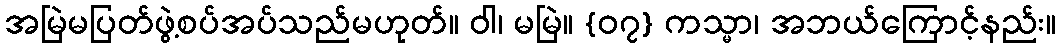
အမြဲမပြတ်ဖွဲ့စပ်အပ်သည်မဟုတ်။ ဝါ၊ မမြဲ။ {၀၇} ကသ္မာ၊ အဘယ်ကြောင့်နည်း။